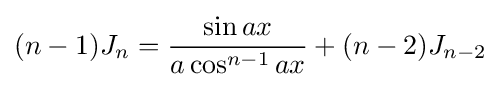
(n-1)J_{n}={\frac {\sin {ax}}{a\cos ^{n-1}{ax}}}+(n-2)J_{n-2}\,\!